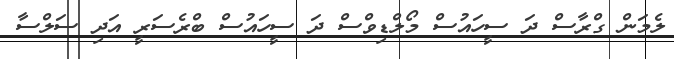
ލެމަން ގްރާސް ދަ ސީހައުސް މޯލްޑިވްސް ދަ ސީހައުސް ބްރެސަރީ އަދި ސަލްސާ